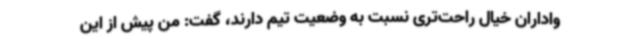
واداران خیال راحت‌تری نسبت به وضعیت تیم دارند، گفت: من پیش از این